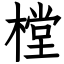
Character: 樘